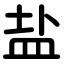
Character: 盐